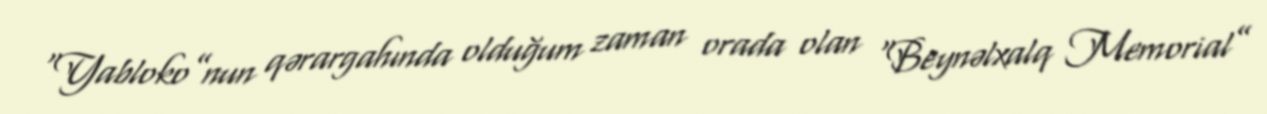
“Yabloko”nun qərargahında olduğum zaman orada olan “Beynəlxalq Memorial”